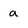
Character: a